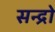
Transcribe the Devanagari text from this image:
सन्द्रो